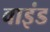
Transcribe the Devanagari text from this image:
वाइंड